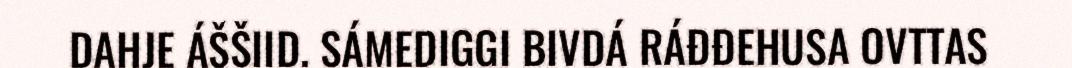
DAHJE ÁŠŠIID. SÁMEDIGGI BIVDÁ RÁĐĐEHUSA OVTTAS